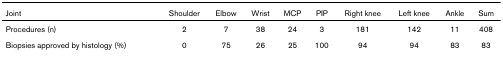
<table><thead><tr><td><b>Joint</b></td><td><b>Shoulder</b></td><td><b>Elbow</b></td><td><b>Wrist</b></td><td><b>MCP</b></td><td><b>PIP</b></td><td><b>Right knee</b></td><td><b>Left knee</b></td><td><b>Ankle</b></td><td><b>Sum</b></td></tr></thead><tbody><tr><td>Procedures (n)</td><td>2</td><td>7</td><td>38</td><td>24</td><td>3</td><td>181</td><td>142</td><td>11</td><td>408</td></tr><tr><td>Biopsies approved by histology (%)</td><td>0</td><td>75</td><td>26</td><td>25</td><td>100</td><td>94</td><td>94</td><td>83</td><td>83</td></tr></tbody></table>